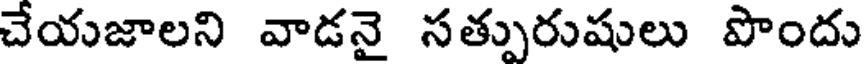
చేయజాలని వాడనై సత్పురుషులు పొందు